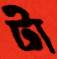
টা